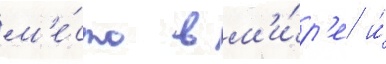
м'е́сто в м'и́р'е и́